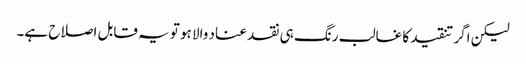
لیکن اگر تنقید کا غالب رنگ ہی نقد عناد والا ہو تو یہ قابل اصلاح ہے۔